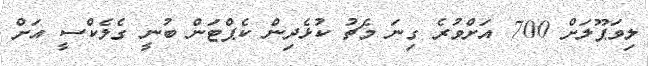
ލިވަޕޫލަށް 700 އަށްވުރެ ގިނަ މެޗު ކުޅެދިން ކެޕްޓަން ބުނީ ގެލެކްސީ އަށް